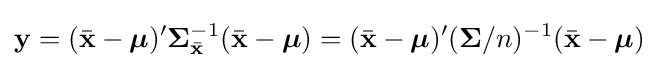
\mathbf {y} =({\bar {\mathbf {x} }}-{\boldsymbol {\mu }})'{\mathbf {\Sigma } }_{\bar {\mathbf {x} }}^{-1}({\bar {\mathbf {x} }}-{\boldsymbol {\mathbf {\mu } }})=({\bar {\mathbf {x} }}-{\boldsymbol {\mu }})'({\mathbf {\Sigma } }/n)^{-1}({\bar {\mathbf {x} }}-{\boldsymbol {\mathbf {\mu } }})